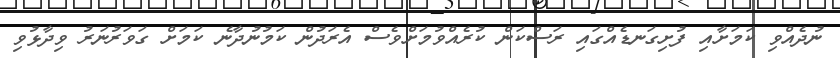
ނުދެއްވި ކަމަށާއި ފުށިގަނޑެއްގައި ރަސްކަން ކުރެއްވުމަށްވެސް އެރަދުން ކަމުނުދާނެ ކަމަށް ގަވަރުނަރު ވިދާޅުވި